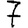
Digit: 7